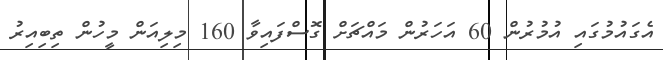
އެގައުމުގައި އުމުރުން 60 އަހަރުން މައްޗަށް ގޮސްފައިވާ 160 މިލިއަން މީހުން ތިބިއިރު